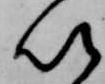
以